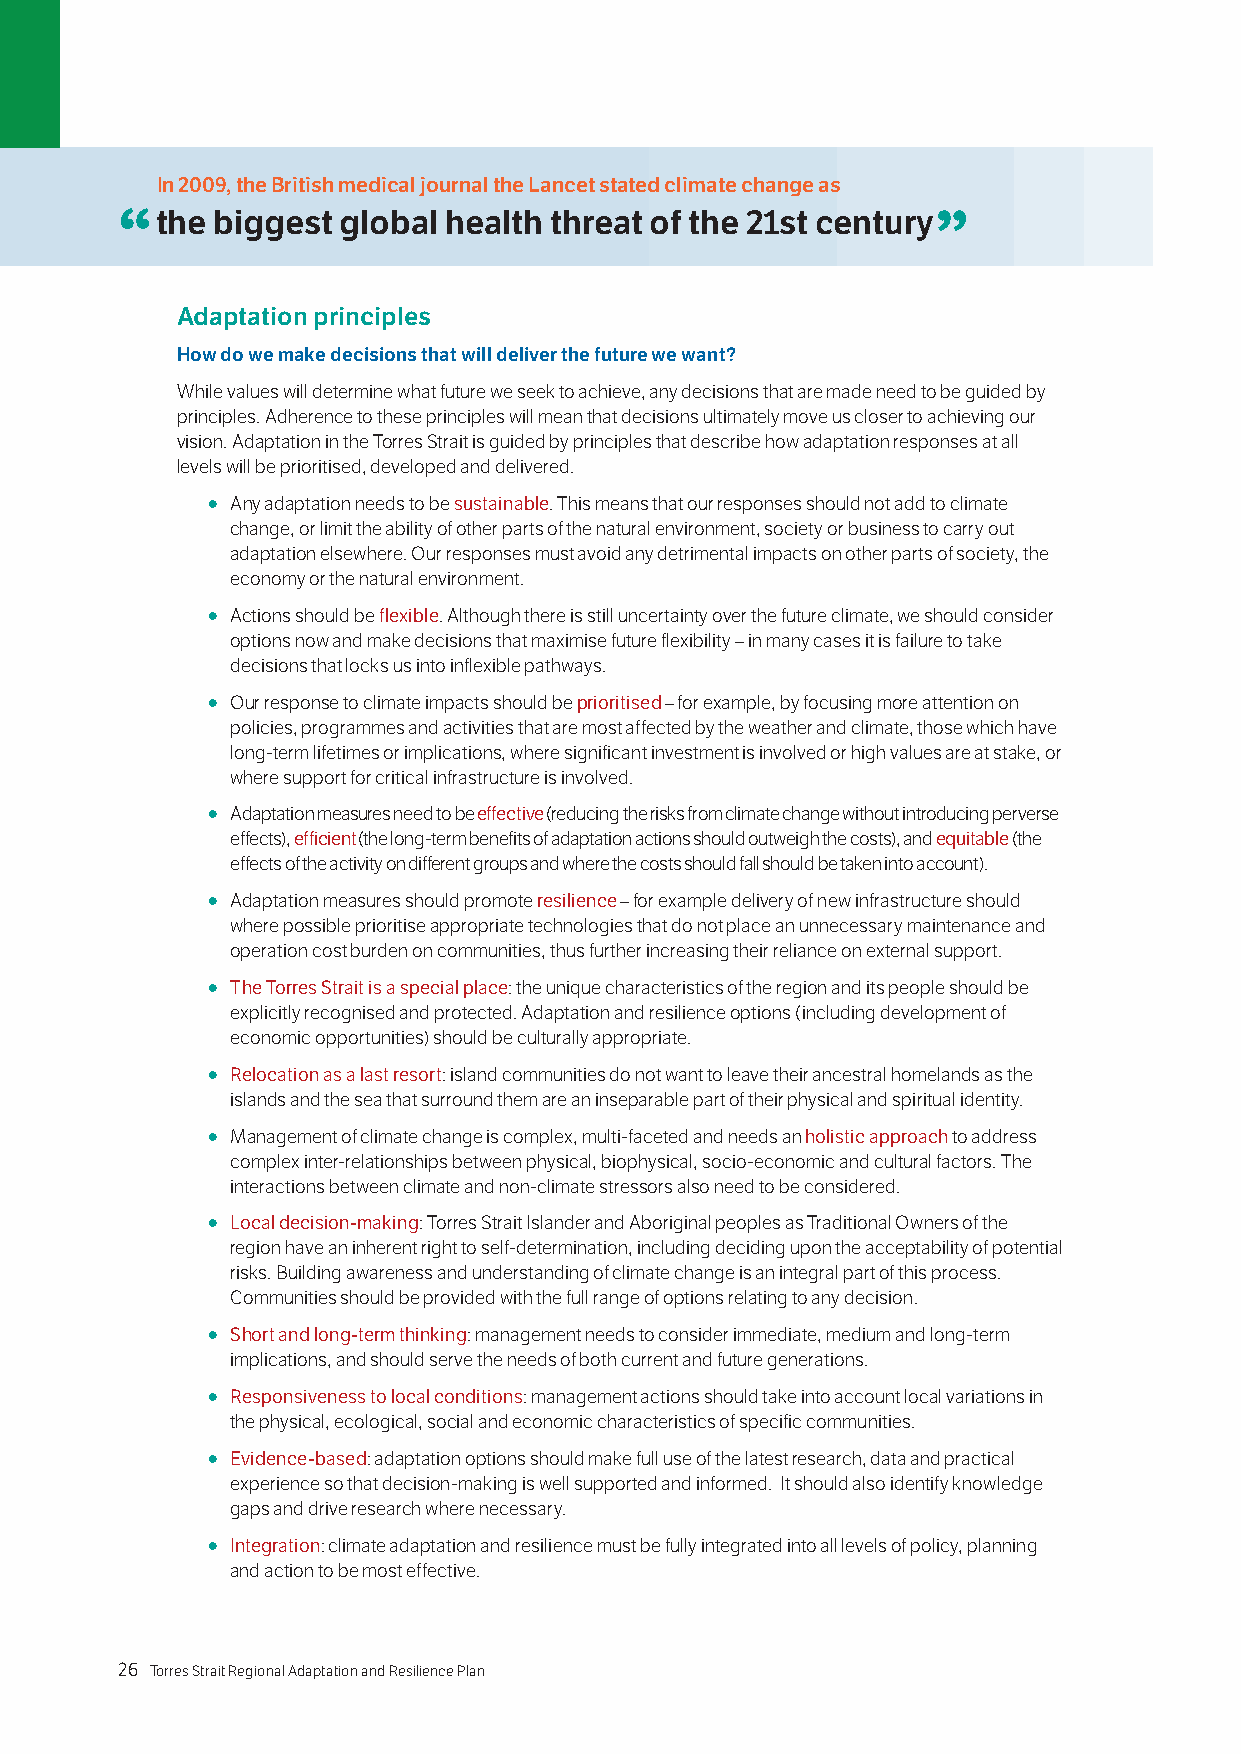
In 2009, the British medical journal the Lancet stated climate change as
 “the  biggest  global health threat of the 21st century”
 Adaptation principles
 How do we make decisions that will deliver the future we want?
 While values will determine what future we seek to achieve, any decisions that are made need to be guided by
 principles. Adherence to these principles will mean that decisions ultimately move us closer to achieving our
 vision. Adaptation in the Torres Strait is guided by principles that describe how adaptation responses at all
 levels will be prioritised, developed and delivered.
 ○ Any adaptation needs to be sustainable. This means that our responses should not add to climate
 change, or limit the ability of other parts of the natural environment, society or business to carry out
 adaptation elsewhere. Our responses must avoid any detrimental impacts on other parts of society, the
 economy or the natural environment.
 ○ Actions should be flexible. Although there is still uncertainty over the future climate, we should consider
 options now and make decisions that maximise future flexibility – in many cases it is failure to take
 decisions that locks us into inflexible pathways.
 ○ Our response to climate impacts should be prioritised – for example, by focusing more attention on
 policies, programmes and activities that are most affected by the weather and climate, those which have
 long-term lifetimes or implications, where significant investment is involved or high values are at stake, or
 where support for critical infrastructure is involved.
 ○ Adaptation measures need to be effective (reducing the risks from climate change without introducing perverse
 effects), efficient (the long-term benefits of adaptation actions should outweigh the costs), and equitable (the
 effects of the activity on different groups and where the costs should fall should be taken into account).
 ○ Adaptation measures should promote resilience – for example delivery of new infrastructure should
 where possible prioritise appropriate technologies that do not place an unnecessary maintenance and
 operation cost burden on communities, thus further increasing their reliance on external support.
 ○ The Torres Strait is a special place: the unique characteristics of the region and its people should be
 explicitly recognised and protected. Adaptation and resilience options (including development of
 economic opportunities) should be culturally appropriate.
 ○ Relocation as a last resort: island communities do not want to leave their ancestral homelands as the
 islands and the sea that surround them are an inseparable part of their physical and spiritual identity.
 ○ Management of climate change is complex, multi-faceted and needs an holistic approach to address
 complex inter-relationships between physical, biophysical, socio-economic and cultural factors. The
 interactions between climate and non-climate stressors also need to be considered.
 ○ Local decision-making: Torres Strait Islander and Aboriginal peoples as Traditional Owners of the
 region have an inherent right to self-determination, including deciding upon the acceptability of potential
 risks. Building awareness and understanding of climate change is an integral part of this process.
 Communities should be provided with the full range of options relating to any decision.
 ○ Short and long-term thinking: management needs to consider immediate, medium and long-term
 implications, and should serve the needs of both current and future generations.
 ○ Responsiveness to local conditions: management actions should take into account local variations in
 the physical, ecological, social and economic characteristics of specific communities.
 ○ Evidence-based: adaptation options should make full use of the latest research, data and practical
 experience so that decision-making is well supported and informed. It should also identify knowledge
 gaps and drive research where necessary.
 ○ Integration: climate adaptation and resilience must be fully integrated into all levels of policy, planning
 and action to be most effective.
 26 Torres Strait Regional Adaptation and Resilience Plan